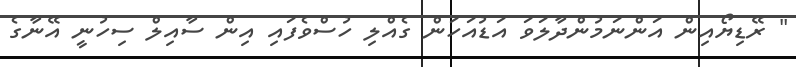
" ރޭޑިޔޯއިން އަންނަމުންދާލަވަ އަޑުއަހަން ގެއްލި ހުސްވެފައި އިން ސާއިލް ސިހުނީ އޭނާގެ